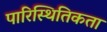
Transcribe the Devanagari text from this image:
पारिस्थितिकता